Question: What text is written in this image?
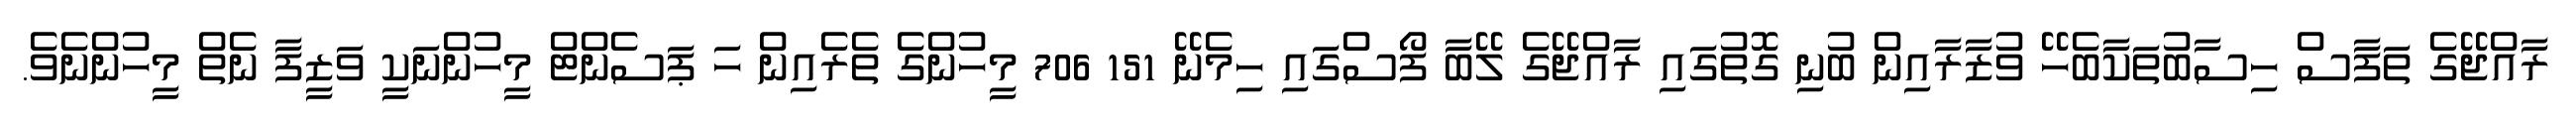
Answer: ރާއްޖޭގެ ތަފާސް ހިސާބުތަކާބެހޭ ވުޒާރާއިން ބުނި ގޮތުގައި ރާއްޖޭގެ ލޭބާ ފޯސްގައި ހިމެނޭ 151 706 މީހުންގެ ތެރެއިން ހަ ޕަސެންޓް މީހުންނަކީ ވަޒީފާ ނެތް މީހުންނެވެ.